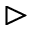
\vartriangleright